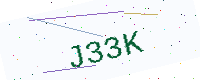
Text: J33K